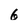
Character: 6